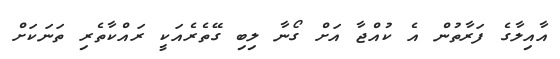
އާއިލާގެ ފަރާތުން އެ ކުއްޖާ އަށް ގޯނާ ލިބި ގޭތެރެއަކީ ރައްކާތެރި ތަނަކަށް